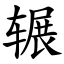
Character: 辗